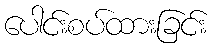
ပေါင်းစပ်ထားခြင်း